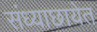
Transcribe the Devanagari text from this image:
संध्याछायेत